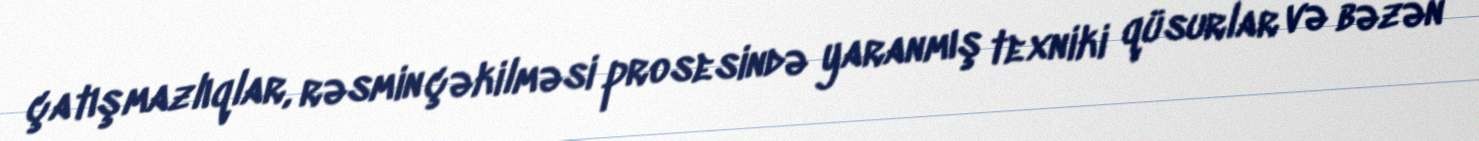
çatışmazlıqlar, rəsmin çəkilməsi prosesində yaranmış texniki qüsurlar və bəzən